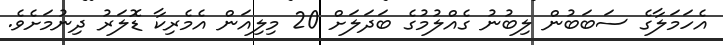
އެހަމަލާގެ ސަބަބުން ލިބުނު ގެއްލުމުގެ ބަދަލަށް 20 މިލިއަން އެމެރިކާ ޑޮލަރު ދިނުމަށެވެ.